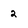
Character: 2